Civil Veterinary Department. United Provinces 1932-42 - 1932-1942
Year: 1932
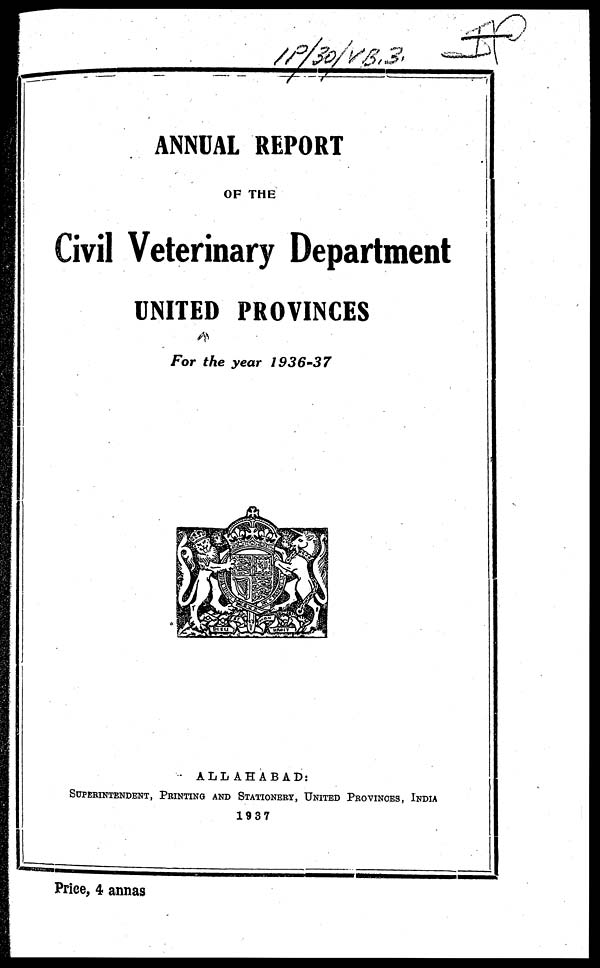
ANNUAL REPORT
OF THE
Civil Veterinary Department
UNITED PROVINCES
For the year 1936-37
ALLAHABAD:
SUPERINTENDENT, PRINTING AND STATIONERY, UNITED PROVINCES, INDIA
1937
Price, 4 annas